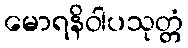
မောရနိဝါပသုတ္တံ